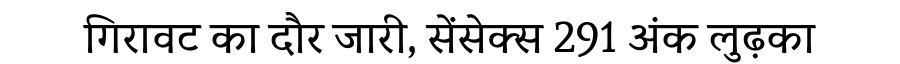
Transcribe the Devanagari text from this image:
गिरावट का दौर जारी, सेंसेक्स 291 अंक लुढ़का